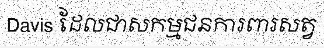
Davis ដែលជាសកម្មជនការពារសត្វ